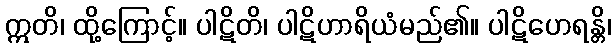
ဣတိ၊ ထို့ကြောင့်။ ပါဋိတိ၊ ပါဋိဟာရိယံမည်၏။ ပါဋိဟေရန္တိ၊